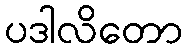
ပဒါလိတော